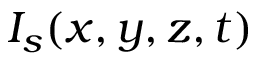
I _ { s } ( x , y , z , t )